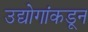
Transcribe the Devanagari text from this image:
उद्योगांकडून